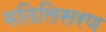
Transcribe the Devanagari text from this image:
मतिलिसरण